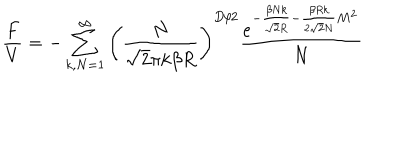
\frac { F } { V } = - \sum _ { k , N = 1 } ^ { \infty } \left( \frac { N } { \sqrt { 2 } \pi k \beta R } \right) ^ { D / 2 } \frac { e ^ { - \frac { \beta N k } { \sqrt { 2 } R } - \frac { \beta R k } { 2 \sqrt { 2 } N } M ^ { 2 } } } { N }